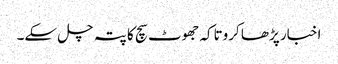
اخبار پڑھا کروتاکہ جھوٹ سچ کا پتہ چل سکے۔